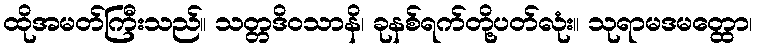
ထိုအမတ်ကြီးသည်။ သတ္တဒိဝသာနိ၊ ခုနစ်ရက်တို့ပတ်လုံး။ သုရာမဒမတ္ထော၊